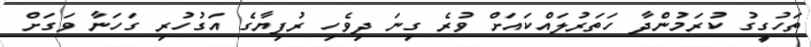
ތަހުގީގު ކުރަމުންދާ ހަތަރުލައްކައަށް ވުރެ ގިނަ ދިވެހި ރުފިޔާގެ އަގުހުރި ގަހަނާ ވަގަށް